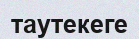
таутекеге